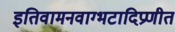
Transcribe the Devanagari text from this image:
इतिवामनवाग्भटादिप्रणीत